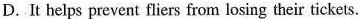
D. It helps prevent fliers from losing their tickets.